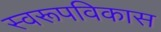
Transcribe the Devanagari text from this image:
स्वरूपविकास